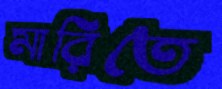
মারিতে